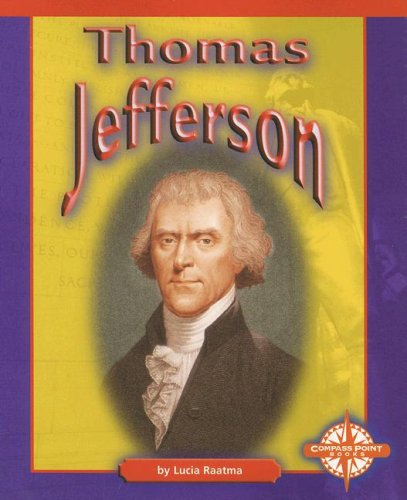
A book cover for Thomas Jefferson (Compass Point Early Biographies); Lucia Raatma; Children's Books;